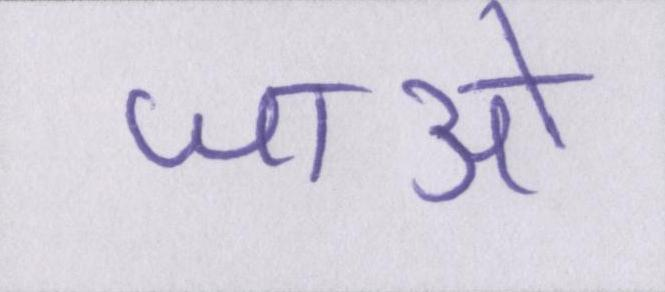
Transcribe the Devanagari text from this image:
जाओ